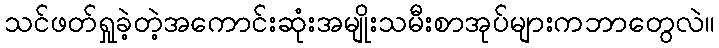
သင်ဖတ်ရှုခဲ့တဲ့အကောင်းဆုံးအမျိုးသမီးစာအုပ်များကဘာတွေလဲ။